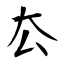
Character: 厺